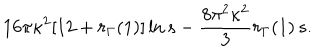
1 6 \pi \kappa ^ { 2 } [ 1 2 + r _ { \Gamma } ( 1 ) ] \ln s - \frac { 8 \pi ^ { 2 } \kappa ^ { 2 } } { 3 } r _ { \Gamma } ( 1 ) \, s .